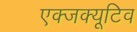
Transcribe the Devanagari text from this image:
एक्जक्यूटिव